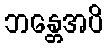
ဘန္တေအပိ